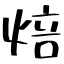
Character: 焙